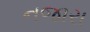
નજારા